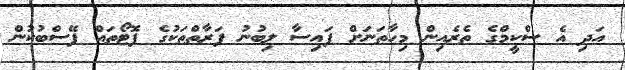
އަދި އެ ސްކީމްގެ ތެރެއިން މިހާތަނަށް ފައިސާ ލިބުނު ފަރާތްތަކުގެ ފޮޓޯތައް ފޭސްބުކުން